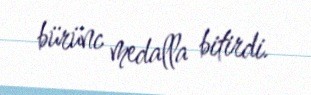
bürünc medalla bitirdi.